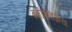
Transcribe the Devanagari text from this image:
बक्षीसविजेत्या